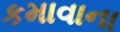
કમાવાના